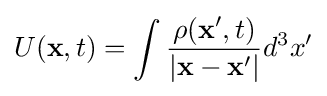
U(\mathbf {x} ,t)=\int {\rho (\mathbf {x} ',t) \over |\mathbf {x} -\mathbf {x} '|}d^{3}x'